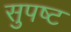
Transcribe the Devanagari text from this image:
सुपष्ट